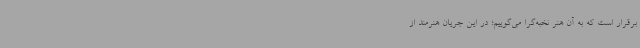
برقرار است که به آن هنر نخبه‌گرا می‌گوییم؛ در این جریان هنرمند از